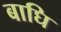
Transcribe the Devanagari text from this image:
बाघि